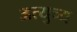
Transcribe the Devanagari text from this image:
अत्युच्य